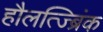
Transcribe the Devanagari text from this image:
हौलत्ज्ब्रिंक